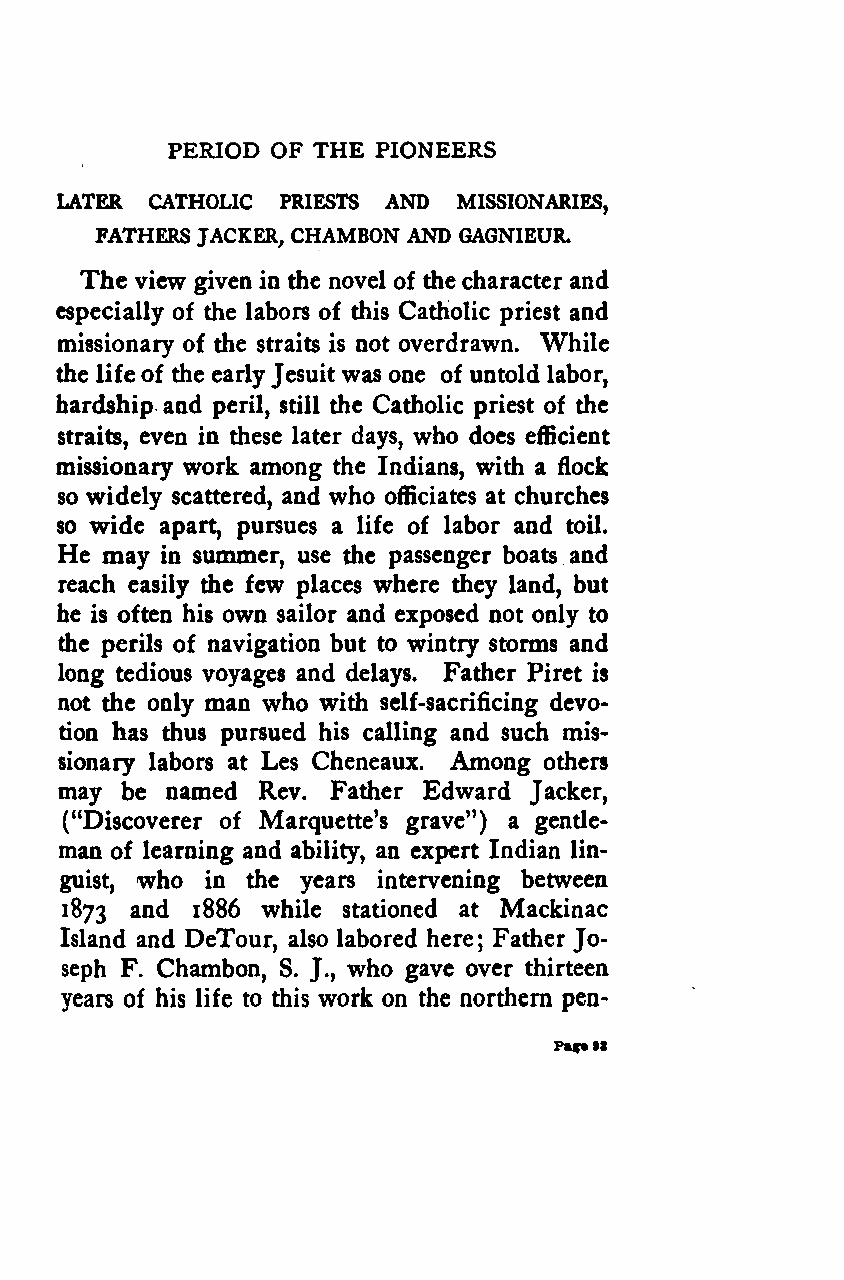
PERIOD OF THE PIONEERS
 LATER CATHOLIC PRIESTS AND MISSIONARIES,
 FATHERS JACKER, CHAMBON AND GAGNIEUR.
 The view given in the novel of the character and
 especially of the labors of this Catholic priest and
 missionary of the straits is not overdrawn. While
 the lifeof the earlyJesuitwas one of untold labor,
 hardship and peril, still the Catholic priest of the
 straits, even in these later days, who does efficient
 missionary work among the Indians, with a flock
 so widely scattered, and who officiates at churches
 so wide apart, pursues a life of labor and toil.
 He may in summer, use the passenger boats and
 reach easily the few places where they land, but
 he is often his own sailor and exposed not only to
 the perils of navigation but to wintry storms and
 long tedious voyages and delays. Father Piret is
 not the only man who with self-sacrificing devo-
 tion has thus pursued his calling and such mis-
 sionary labors at Les Cheneaux. Among others
 may be named Rev. Father Edward Jacker,
 ("Discoverer of Marquette's grave") a gentle-
 man of learning and ability, an expert Indian lin-
 guist, who in the years intervening between
 1873 anc* 1886 while stationed at Mackinac
 Island and DeTour, also labored here; Father Jo-
 seph F. Chambon, S. J., who gave over thirteen
 years of his life to this work on the northern pen-
 Paf»9S
 Google
 Digitizedby